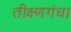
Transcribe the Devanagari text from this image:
तीक्ष्णगंधा